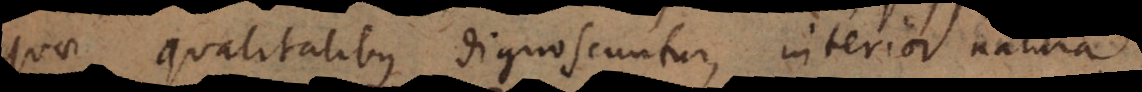
quae qualitatibus dignoscuntur, interior natura